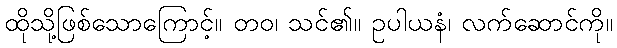
ထိုသို့ဖြစ်သောကြောင့်။ တဝ၊ သင်၏။ ဥပါယနံ၊ လက်ဆောင်ကို။